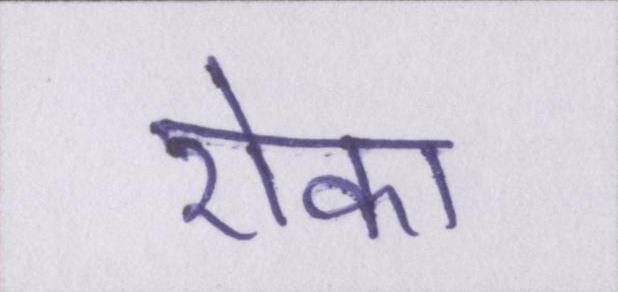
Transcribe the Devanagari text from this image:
रोका